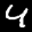
Label: 4